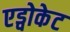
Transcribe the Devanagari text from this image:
एड्वोकेट